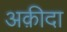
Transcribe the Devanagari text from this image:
अक़ीदा